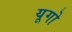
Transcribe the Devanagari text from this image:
यूगो